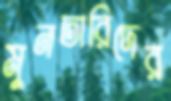
মুনতারিদের